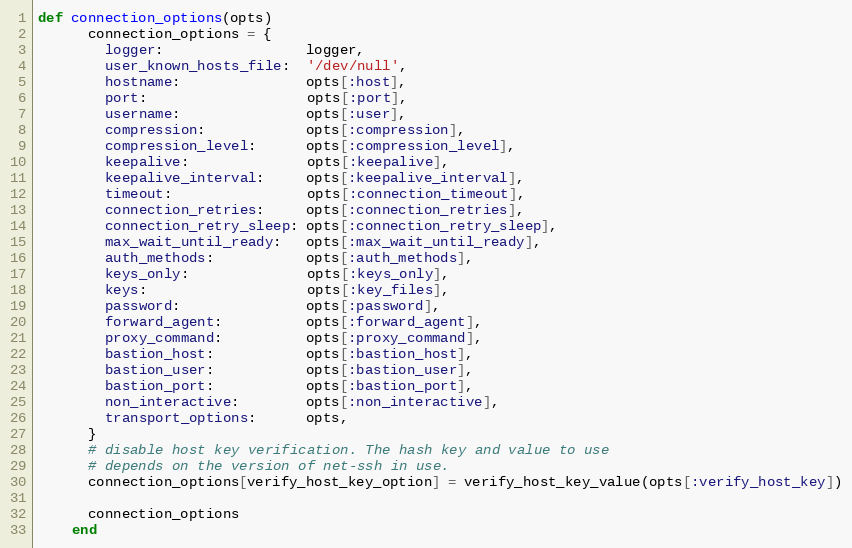
Language: Ruby
def connection_options(opts)
      connection_options = {
        logger:                 logger,
        user_known_hosts_file:  '/dev/null',
        hostname:               opts[:host],
        port:                   opts[:port],
        username:               opts[:user],
        compression:            opts[:compression],
        compression_level:      opts[:compression_level],
        keepalive:              opts[:keepalive],
        keepalive_interval:     opts[:keepalive_interval],
        timeout:                opts[:connection_timeout],
        connection_retries:     opts[:connection_retries],
        connection_retry_sleep: opts[:connection_retry_sleep],
        max_wait_until_ready:   opts[:max_wait_until_ready],
        auth_methods:           opts[:auth_methods],
        keys_only:              opts[:keys_only],
        keys:                   opts[:key_files],
        password:               opts[:password],
        forward_agent:          opts[:forward_agent],
        proxy_command:          opts[:proxy_command],
        bastion_host:           opts[:bastion_host],
        bastion_user:           opts[:bastion_user],
        bastion_port:           opts[:bastion_port],
        non_interactive:        opts[:non_interactive],
        transport_options:      opts,
      }
      # disable host key verification. The hash key and value to use
      # depends on the version of net-ssh in use.
      connection_options[verify_host_key_option] = verify_host_key_value(opts[:verify_host_key])

      connection_options
    end